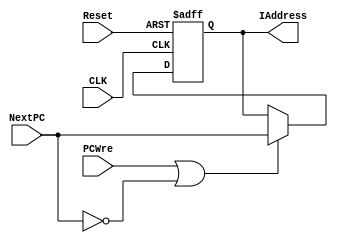
`timescale 1ns / 1ps
//////////////////////////////////////////////////////////////////////////////////
// Company: 
// Engineer: 
// 
// Design Name: 
// Module Name: PC
// Project Name: 
// Target Devices: 
// Tool Versions: 
// Description: 
// 
// Dependencies: 
// 
// Revision:
// Revision 0.01 - File Created
// Additional Comments:
// 
//////////////////////////////////////////////////////////////////////////////////

//CLK, Reset, PCWre, NextPC, IAddress
module PC(
    input Reset,   
    input CLK,                               
    input PCWre,               
    input [31:0] NextPC,        
    output reg [31:0] IAddress      
    );
    
 
    initial begin
        IAddress = 0;
    end

    
    always @(posedge CLK or negedge Reset) begin
        if (!Reset) begin
            IAddress <= 32'hFFFFFFFC;   
        end
        else if (PCWre || !NextPC) begin
            IAddress <= NextPC;
        end
    end
endmodule   

module PC4(
    input [25:0] IAddress,
    input [31:0] PC,                 
    output reg [31:0] PC4       
    );
    wire [27:0] leftMove;
    assign leftMove = IAddress << 2;
    always @(PC or IAddress) begin
        PC4[31:28] = PC[31:28];
        PC4[27:2] = leftMove[27:2];
        PC4[1:0] = 0;
    end
endmodule   

module NextPC(
    input Reset,                
    input [1:0] PCSrc,          
    input [31:0] PC,            
    input [31:0] Immediate,     
    input [31:0] PC4,           
    output reg [31:0] NextPC        
    );

    always @(Reset or PCSrc or PC or Immediate or PC4) begin
        if (!Reset) begin
            NextPC = PC + 4;
        end
        else begin
            case (PCSrc)
              2'b00: NextPC = PC + 4;
              2'b01: NextPC = PC + 4 + (Immediate << 2);
              2'b10: NextPC = PC4;
              default: NextPC = PC + 4;
            endcase
        end
    end
endmodule